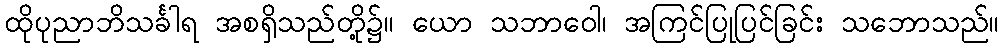
ထိုပုညာဘိသင်္ခါရ အစရှိသည်တို့၌။ ယော သဘာဝေါ၊ အကြင်ပြုပြင်ခြင်း သဘောသည်။